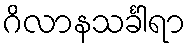
ဂိလာနသင်္ခါရာ